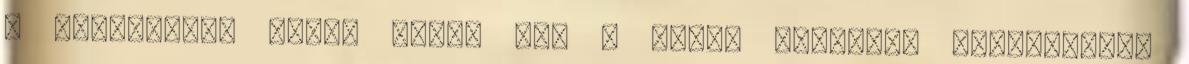
a supergroup többi tagja is. A magam részéről szívesebben